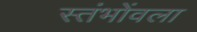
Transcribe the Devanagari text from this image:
स्तंभोंवला